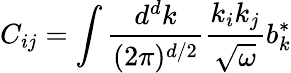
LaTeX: C_{ij}=\int\frac{d^{d}k}{(2\pi)^{d/2}}\frac{k_{i}k_{j}}{\sqrt{\omega}}b_{k}^{*}